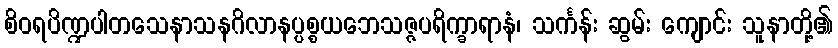
စိဝရပိဏ္ဍပါတသေနာသနဂိလာနပ္ပစ္စယဘေသဇ္ဇပရိက္ခာရာနံ၊ သင်္ကန်း ဆွမ်း ကျောင်း သူနာတို့၏